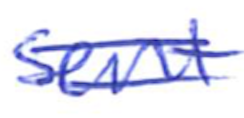
Text: sent
Cross-out: double-line
Writing tool: ballpoint